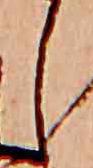
し